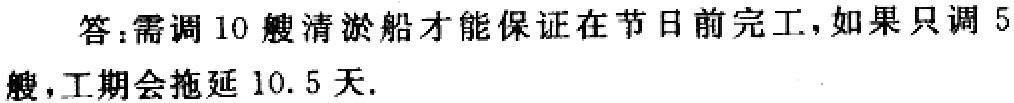
答：需调 10 艘清淤船才能保证在节日前完工，如果只调 5艘，工期会拖延 10.5 天.